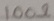
Text: 100Ω